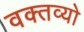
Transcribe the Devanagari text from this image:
वक्तव्यो